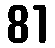
81